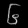
Digit: ၆